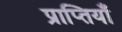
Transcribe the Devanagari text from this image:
प्राप्तियाँ